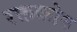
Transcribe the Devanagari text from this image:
रक्तकोष